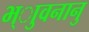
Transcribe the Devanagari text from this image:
भ्ाुवनानु